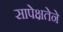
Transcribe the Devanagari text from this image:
सापेक्षतेने